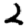
Digit: 2